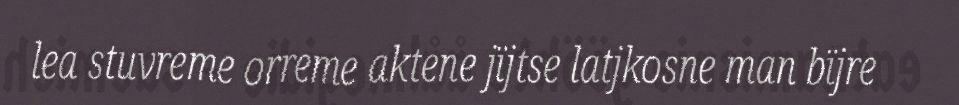
lea stuvreme orreme aktene jïjtse latjkosne man bïjre